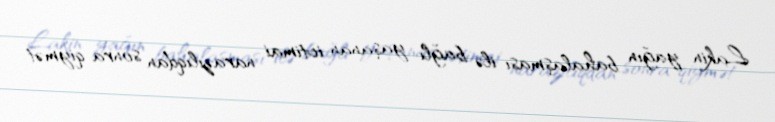
Lakin yağın bahalaşması ilə bağlı yaşanan ictimai narazılıqdan sonra qiymət